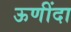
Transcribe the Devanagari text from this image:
ऊणींदा